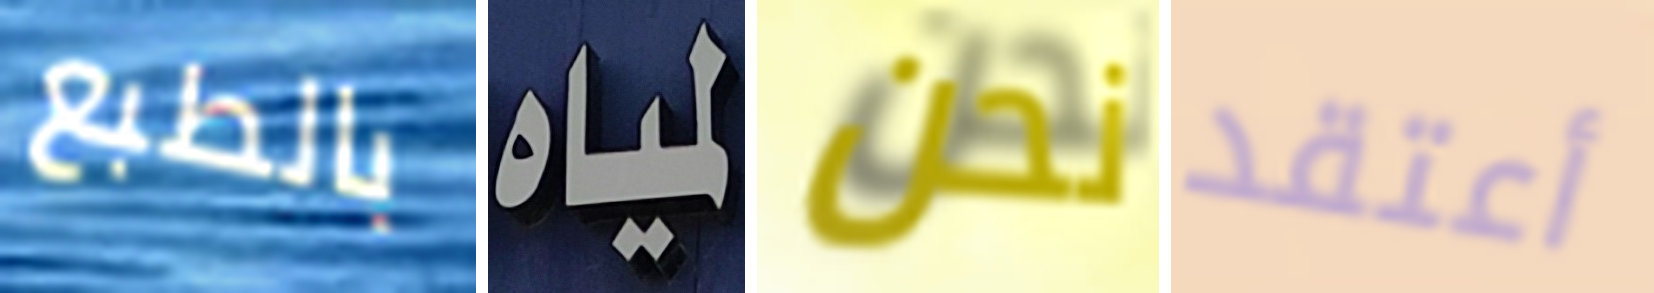
بالطبع لمياه نحن أعتقد